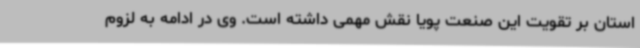
استان بر تقویت این صنعت پویا نقش مهمی داشته است. وی در ادامه به لزوم